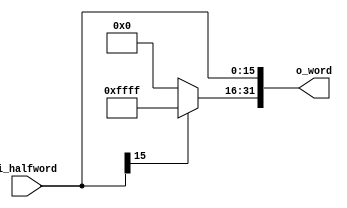
`timescale 1ns / 1ps

//Sign Extension Unit
module SEU(i_halfword,o_word);
  input [15:0]i_halfword;     //input 16bit data
  output [31:0]o_word;        //output 32bit data
  
  reg [31:0]o_word;
  
  //sign bit 1 : 16 bit all 1
  //sign bit 0 : 16 bit all 0
  always@(i_halfword) begin
    if(i_halfword[15]==1'b1) begin
      o_word[15:0] <= i_halfword[15:0];
      o_word[31:16] <= 16'b1111111111111111;
      end
    else begin
      o_word[15:0] <= i_halfword[15:0];
      o_word[31:16] <= 16'b0000000000000000;      
      end
  end
endmodule